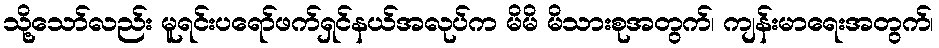
သို့သော်လည်း မူရင်းပရော်ဖက်ရှင်နယ်အလုပ်က မိမိ မိသားစုအတွက်၊ ကျန်းမာရေးအတွက်၊